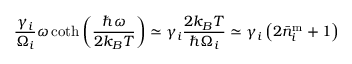
\frac { \gamma _ { i } } { \Omega _ { i } } \omega \coth \left( \frac { \hbar \omega } { 2 k _ { B } T } \right) \simeq \gamma _ { i } \frac { 2 k _ { B } T } { \hbar \Omega _ { i } } \simeq \gamma _ { i } \left( 2 \bar { n } _ { i } ^ { \mathrm { m } } + 1 \right)